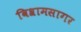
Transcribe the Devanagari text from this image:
विश्रामसागर